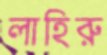
লাহিরু